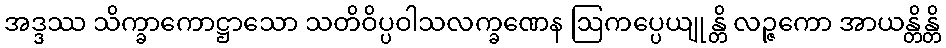
အဒ္ဒဿ သိက္ခာကောဋ္ဌာသော သတိဝိပ္ပဝါသလက္ခဏေန ဩကပ္ပေယျုန္တိ လဉ္ဇကော အာယန္တိန္တိ